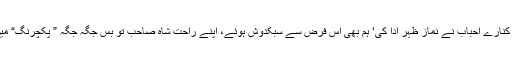
دریا کے کنارے کنارے احباب نے نماز ظہر ادا کی‘ ہم بھی اس فرض سے سبکدوش ہوئے، اپنے راحت شاہ صاحب تو بس جگہ جگہ ” پکچرنگ“ میں مصروف تھے۔